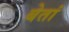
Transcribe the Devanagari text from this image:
बेतां